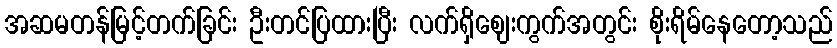
အဆမတန်မြင့်တက်ခြင်း ဦးတင်ပြထားပြီး လက်ရှိဈေးကွက်အတွင်း စိုးရိမ်နေတော့သည်